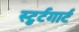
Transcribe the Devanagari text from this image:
स्टुर्टगार्ट